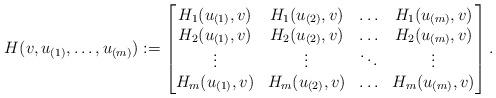
LaTeX: \begin{align*}H( v, u_{(1)},\ldots , u_{(m)}):=\left[\begin{matrix}H_1( u_{(1)}, v) & H_1( u_{(2)}, v) & \ldots & H_1( u_{(m)}, v)\\H_2( u_{(1)}, v) & H_2( u_{(2)}, v) & \ldots & H_2( u_{(m)}, v)\\\vdots & \vdots & \ddots & \vdots \\H_m( u_{(1)}, v) & H_m( u_{(2)}, v) & \ldots & H_m( u_{(m)}, v)\\\end{matrix}\right].\end{align*}